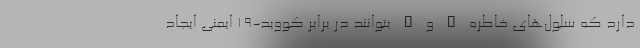
دارد که سلول‌های خاطره B و T بتوانند در برابر کووید-۱۹ ایمنی ایجاد